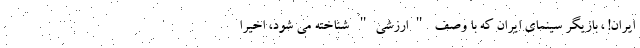
ایران! ، بازیگر سینمای ایران که با وصف "ارزشی" شناخته می شود، اخیراً